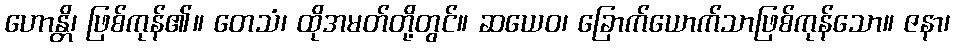
ဟောန္တိ၊ ဖြစ်ကုန်၏။ တေသံ၊ ထိုအမတ်တို့တွင်။ ဆယေဝ၊ ခြောက်ယောက်သာဖြစ်ကုန်သော။ ဇနာ၊